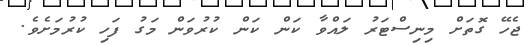
ޖެހޭ ގޮތަށް މިނިސްޓަރު ލައްވާ ކަން ކަން ކުރުވަން މަގު ފަހި ކުރުމަށެވެ.